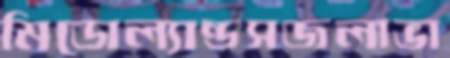
মিডোল্যান্ডসজলাভা